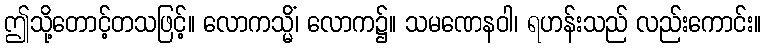
ဤသို့တောင့်တသဖြင့်။ လောကသ္မိံ၊ လောက၌။ သမဏေနဝါ၊ ရဟန်းသည် လည်းကောင်း။